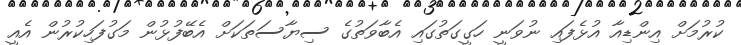
ކުރުމަށް އިންޑިއާ އުޅެފައި ނުވަނީ ހަގީގަތުގައި އެބާވަތުގެ ސިޔާސަތަކަށް އެބޭފުޅުން މަގުފަހިކުރުން އެއީ